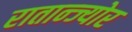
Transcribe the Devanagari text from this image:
रातान्ज्योर